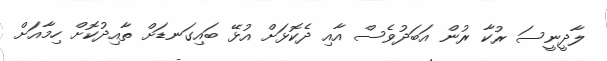
ލާދީނީސަ ރުކާ ރުން އަބަދުވެސް އާއި ދެކޮޅަށް އުޅޭ ބައިގަނޑަށް ތާއިދުކޮށް ހިމާއަށް